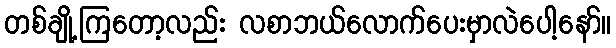
တစ်ချို့ကြတော့လည်း လစာဘယ်လောက်ပေးမှာလဲပေါ့နော်။